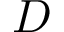
D